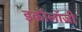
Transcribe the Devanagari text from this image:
इकाॅलाॅजी